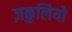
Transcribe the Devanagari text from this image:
ज़कुलियो